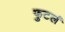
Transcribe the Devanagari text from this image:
फुटलं